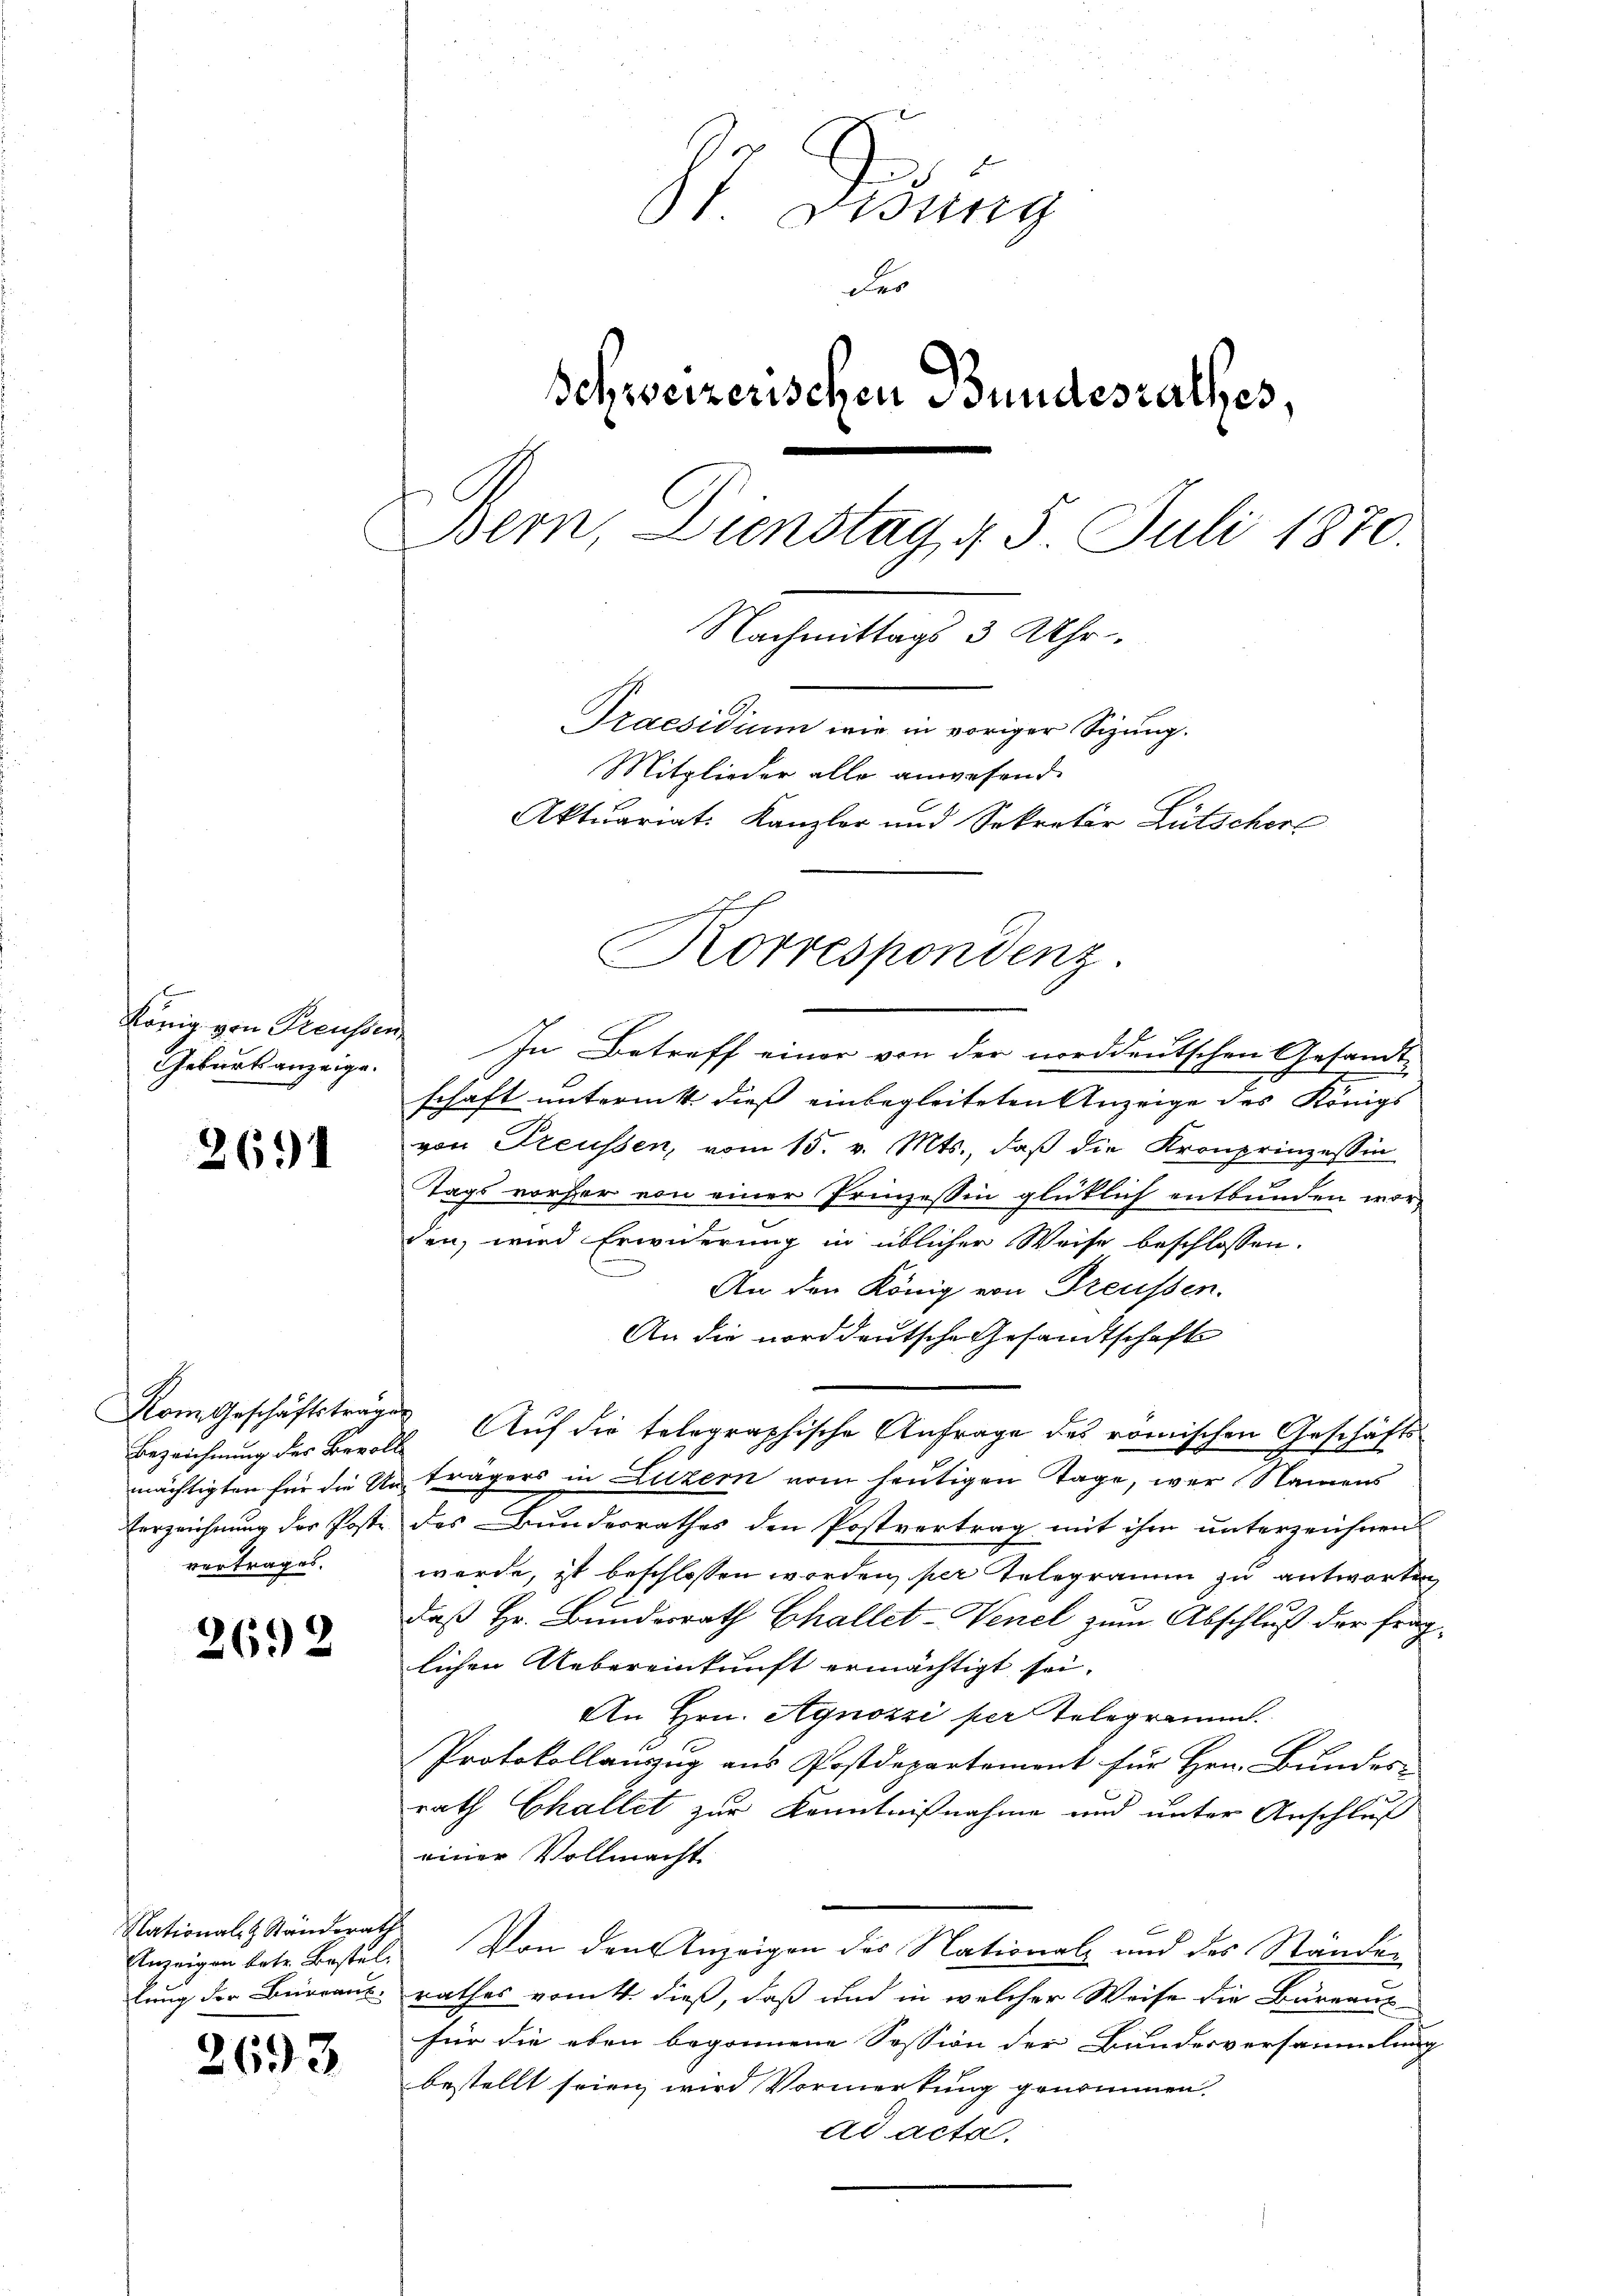
6
Geburtsanzeige.

2694

Bezeichnung des Bevolle
vortrages.

2692

Nationalz Standsrath
lung der Burrant

2693

St. Lung
der
Schweizerischen Bundesrathes,
Bern, Dienstag 4. 5. Juli 1870.
Nachmittags 3 Uhr.
Praesidium wie in voriger Sizung.
Mitglieder alle anwesend.
Aktuariat. Kanzler und Sekretär Lütschers

Korrespondenz.

König von Preussen In Betreff einer von der norddeutschen Gesandt-
schaft unternitt dieß einbegleiteten Anzeige des Königs
von Treussen, vom 15. v. Mts., daß die Kronprinzessin

Tags vorher von einer Prinzessin glücklich entbunden worden, wird Erwiderung in üblicher Weise beschlossen:
An den König von Treussen.
An die norddeutsche Gesandtschaft
nächtigten für die Anträgers in Luzern vom heutigen Tage, wer Namens
Errzeichnung der Poste des Bunderrathes den Postvertrag mit ihm unterzeichnens
werde, ist beschlossen worden, per Telegramm zu antworten,
daß Hr. Bundesrath Challet-Venel zum Abschluß der fraglichen Uebereinkunft ermächtigt sei.
An Hrn. Agnozzi per Telegrammt.
Protokollauszug aus Postdepartement für Hrn. Bundes-
rath Challet zur Kenntnißnahme und unter Anschluß
einer Vollmacht
Anzeigen betr. Bestel. Von den Anzeigen des Nationalz und des Ständen
rathes vom 4. dieß, daß und in welcher Weise die Bureaux
für die eben begonnene Session der Bundesversammlung
bestellt seien wird Vormerkung genommen.
ad acta.

Kom Geschäftsträge. Auf die telegraphische Anfrage des römischen Geschäfts¬